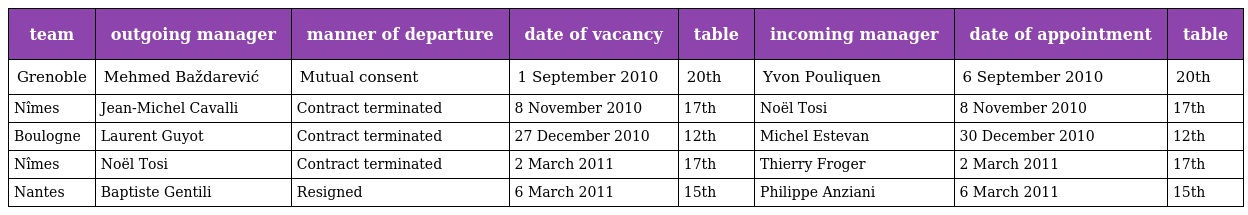
| team | outgoing manager | manner of departure | date of vacancy | table | incoming manager | date of appointment | table |
 | --- | --- | --- | --- | --- | --- | --- | --- |
 | Grenoble | Mehmed Baždarević | Mutual consent | 1 September 2010 | 20th | Yvon Pouliquen | 6 September 2010 | 20th |
 | Nîmes | Jean-Michel Cavalli | Contract terminated | 8 November 2010 | 17th | Noël Tosi | 8 November 2010 | 17th |
 | Boulogne | Laurent Guyot | Contract terminated | 27 December 2010 | 12th | Michel Estevan | 30 December 2010 | 12th |
 | Nîmes | Noël Tosi | Contract terminated | 2 March 2011 | 17th | Thierry Froger | 2 March 2011 | 17th |
 | Nantes | Baptiste Gentili | Resigned | 6 March 2011 | 15th | Philippe Anziani | 6 March 2011 | 15th |